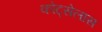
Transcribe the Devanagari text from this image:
कोट्सेलास